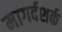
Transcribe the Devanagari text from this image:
मागर्दशर्क